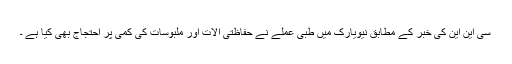
سی این این کی خبر کے مطابق نیویارک میں طبی عملے نے حفاظتی آلات اور ملبوسات کی کمی پر احتجاج بھی کیا ہے ۔